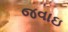
જવાઇ